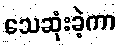
သေဆုံးခဲ့ကာ